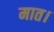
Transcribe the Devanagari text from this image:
मात।